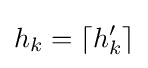
h_{k}=\lceil h'_{k}\rceil